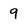
Character: 9